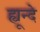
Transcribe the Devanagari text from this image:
ह्यून्दे